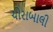
ચોરાબાલી